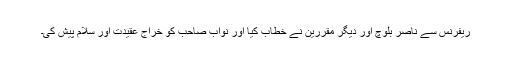
ریفرنس سے ناصر بلوچ اور دیگر مقررین نے خطاب کیا اور نواب صاحب کو خراج عقیدت اور سلام پیش کی۔